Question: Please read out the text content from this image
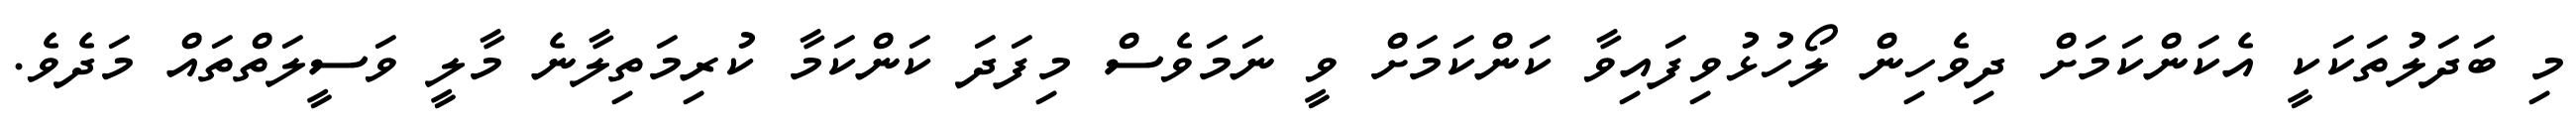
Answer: މި ބަދަލުތަކަކީ އެކަންކަމަށް ދިވެހިން ލޯހުޅުވިފައިވާ ކަންކަމަށް ވީ ނަމަވެސް މިފަދަ ކަންކަމާ ކުރިމަތިލާނެ މާލީ ވަސީލަތްތައް މަދެވެ.